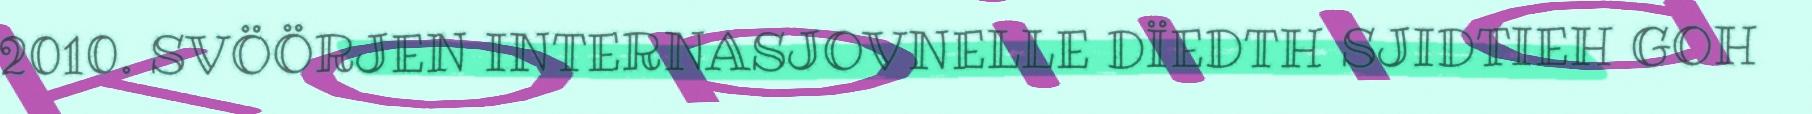
2010. SVÖÖRJEN INTERNASJOVNELLE DÏEDTH SJIDTIEH GOH